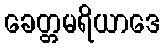
ခေတ္တမရိယာဒေ